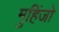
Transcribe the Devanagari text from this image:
मुहिंजो